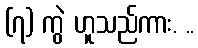
(၇) ကွဲ ဟူသည်ကား. ..